画像に写った文字を読んでください
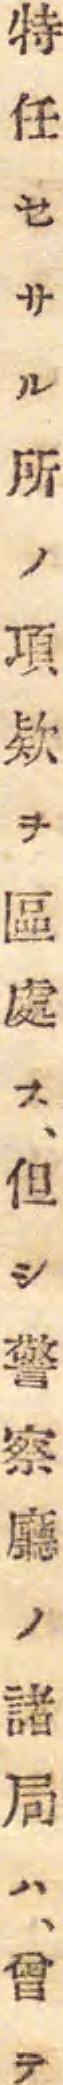
「特任セサル所ノ項欵ヲ區處ス、但シ警察廳ノ諸局ハ、曾テ」と書いてあります